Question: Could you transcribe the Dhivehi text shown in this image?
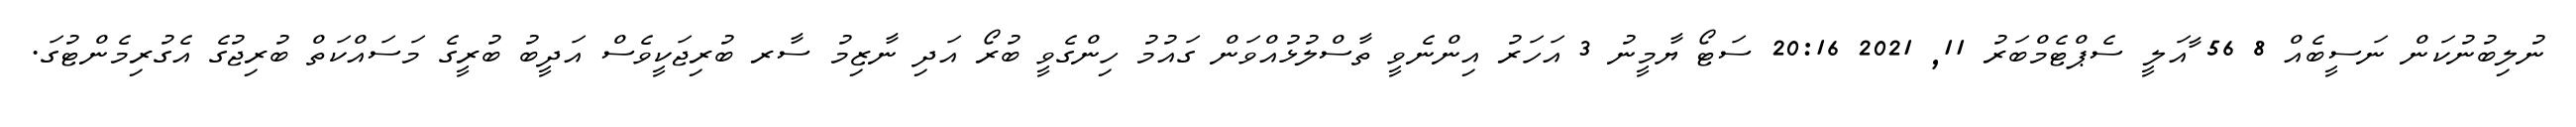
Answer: ނުލިބުނުކަން ނަސީބެއް 8 56 ާއަލީ ސެޕްޓެމްބަރު 11, 2021 20:16 ސަޓޯ ޔާމީނު 3 އަހަރު އިންނެވީ ތާސްލުޅުއްވަން ގައުމު ހިންގެވީ ބުރޯ އަދި ނާޒިމު ސާރ ބުރިޖަކީވެސް އަދީބު ބުރީގެ މަސައްކަތް ބުރިޖުގެ އެގުރިމެންޓުގަ.